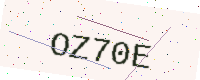
Text: OZ70E